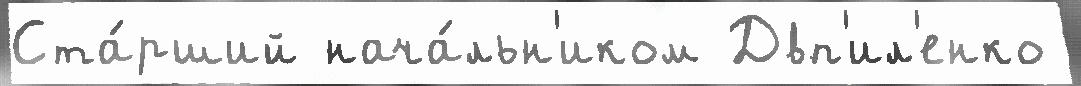
Ста́рший нача́льн'иком Двп'ил'енко